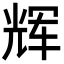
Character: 辉